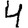
Digit: 4